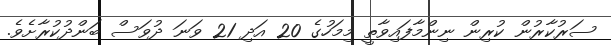
ސަރުކާރުން ކުރިން ނިންމާފައިވާތީ މިމަހުގެ 20 އަދި 21 ވަނަ ދުވަސް ބަންދުކުރާށެވެ.